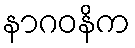
နာဂဝနိက